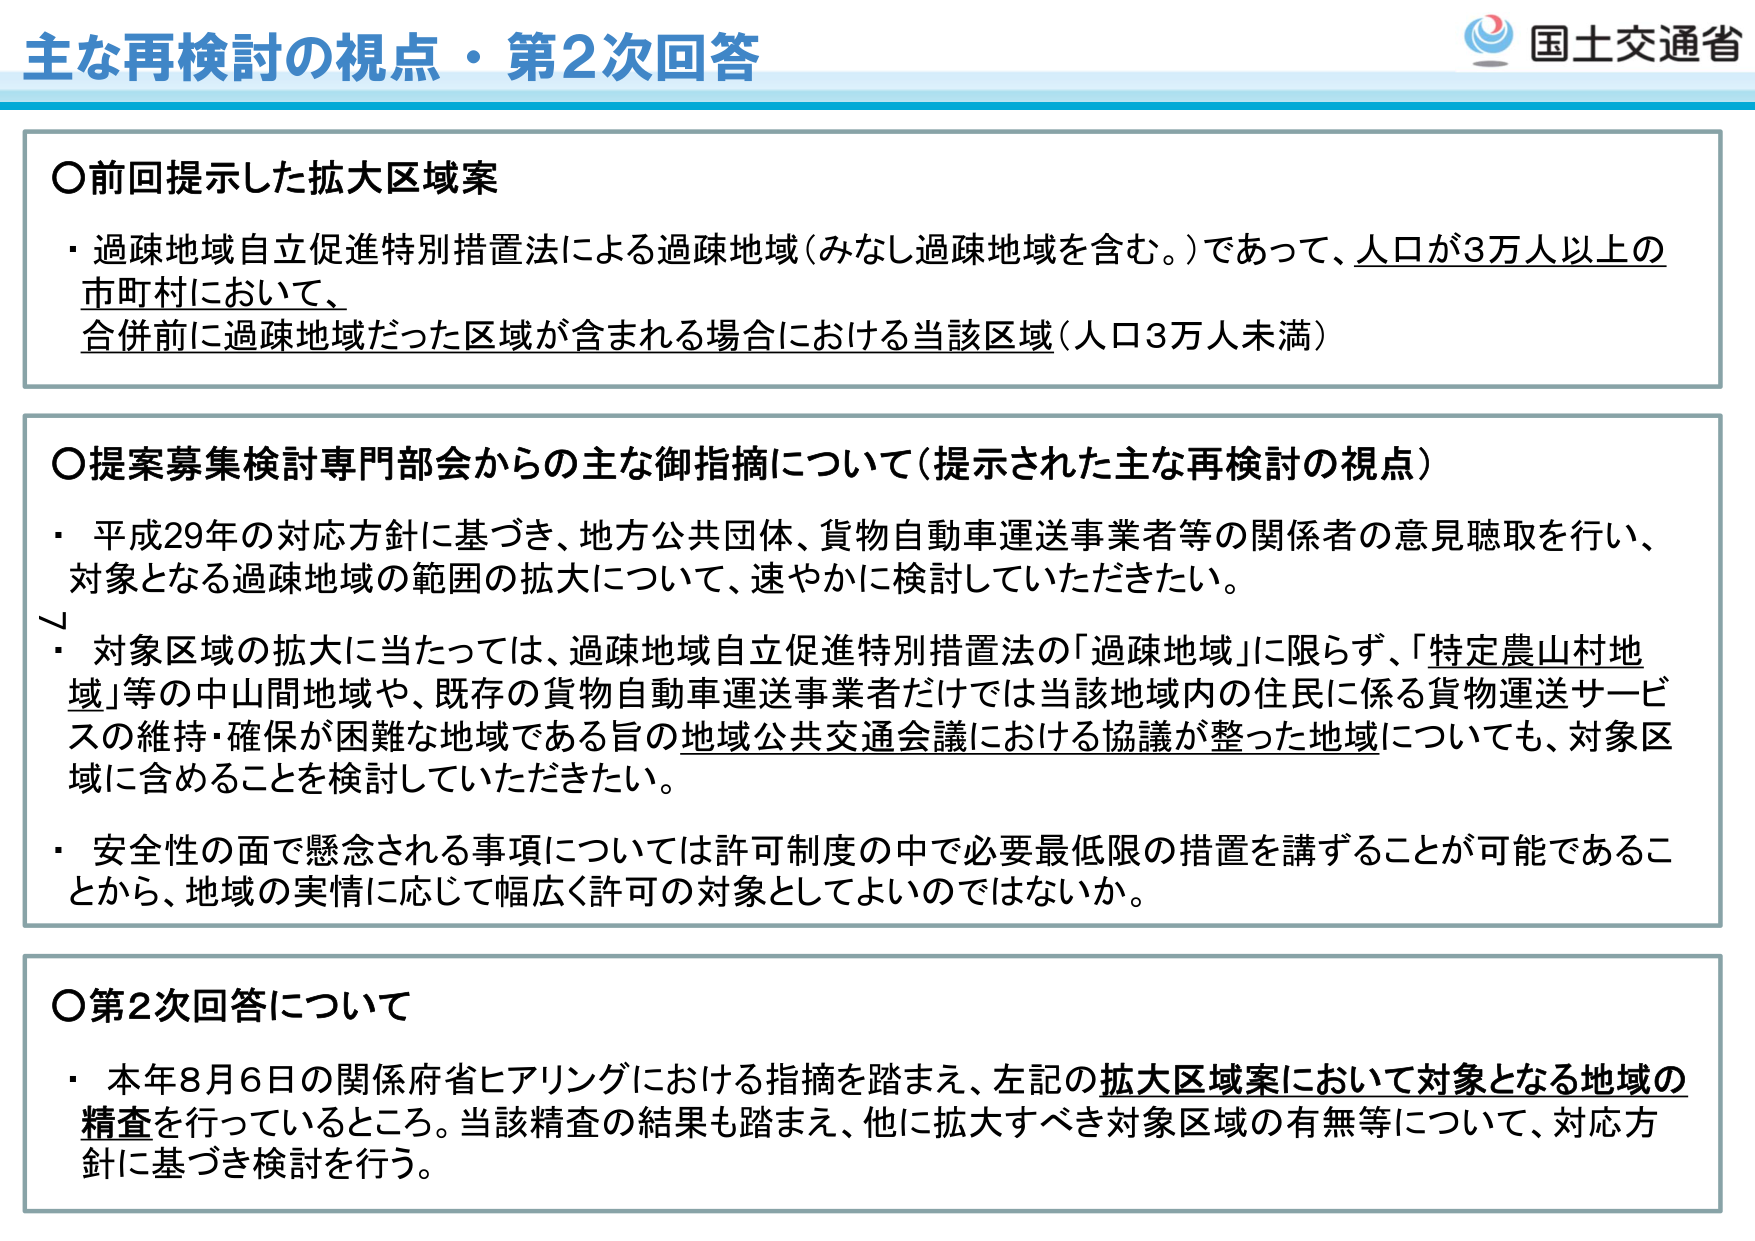
主な再検討の視点・第2次回答
国土交通省

○前回提示した拡大区域案
・過疎地域自立促進特別措置法による過疎地域（みなし過疎地域を含む。）であって、人口が3万人以上の市町村において、
合併前に過疎地域だった区域が含まれる場合における当該区域（人口3万人未満）

○提案募集検討専門部会からの主な御指摘について（提示された主な再検討の視点）
・平成29年の対応方針に基づき、地方公共団体、貨物自動車運送事業者等の関係者の意見聴取を行い、
対象となる過疎地域の範囲の拡大について、速やかに検討していただきたい。
・対象区域の拡大に当たっては、過疎地域自立促進特別措置法の「過疎地域」に限らず、「特定農山村地域」等の中山間地域や、既存の貨物自動車運送事業者だけでは当該地域内の住民に係る貨物運送サービスの維持・確保が困難な地域である旨の地域公共交通会議における協議が整った地域についても、対象区域に含めることを検討していただきたい。
・安全性の面で懸念される事項については許可制度の中で必要最低限の措置を講ずることが可能であることから、地域の実情に応じて幅広く許可の対象としてよいのではないか。

○第2次回答について
・本年8月6日の関係府省ヒアリングにおける指摘を踏まえ、左記の拡大区域案において対象となる地域の精査を行っているところ。当該精査の結果も踏まえ、他に拡大すべき対象区域の有無等について、対応方針に基づき検討を行う。